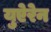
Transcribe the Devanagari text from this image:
युऐरेन